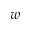
w